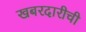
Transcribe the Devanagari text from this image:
खबरदारीची